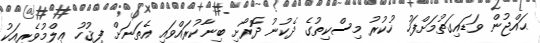
ޙައްޖުން ވަޑައިގަތުމަށްފަހު ހުކުރު މިސްކިތުގެ ދެކުނު ދޮރޯށި ބިނާކުރައްވައި އެތަނަށް ފިޤުހު ޢިލްމުވެރިއަކު